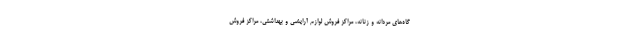
گاه‌های مردانه و زنانه، مراکز فروش لوازم آرایشی و بهداشتی، مراکز فروش